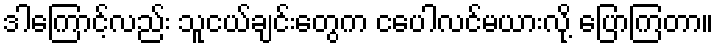
ဒါကြောင့်လည်း သူငယ်ချင်းတွေက ငပေါလင်မယားလို့ ပြောကြတာ။